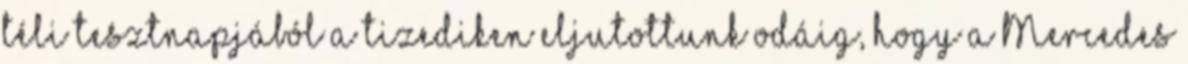
téli tesztnapjából a tizediken eljutottunk odáig, hogy a Mercedes